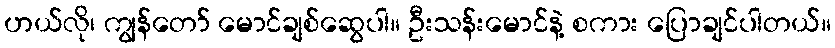
ဟယ်လို၊ ကျွန်တော် မောင်ချစ်ဆွေပါ။ ဦးသန်းမောင်နဲ့ စကား ပြောချင်ပါတယ်။